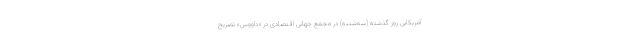
آمریکایی روز گذشته (سه‌شنبه) در مجمع جهانی اقتصادی در «داووس» تصریح